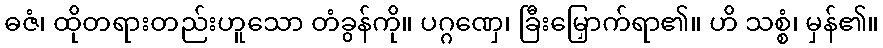
ဓဇံ၊ ထိုတရားတည်းဟူသော တံခွန်ကို။ ပဂ္ဂဏှေ၊ ခြီးမြှောက်ရာ၏။ ဟိ သစ္စံ၊ မှန်၏။